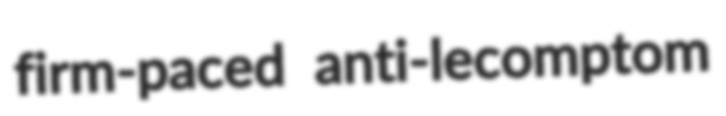
firm-paced anti-lecomptom